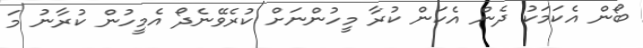
ބޯން އެކަމަކު ދެން އެކަން ކުރާ މީހުންނަށް ކުރެވޭނެދޯ އެމީހުން ކުރާނު މަ